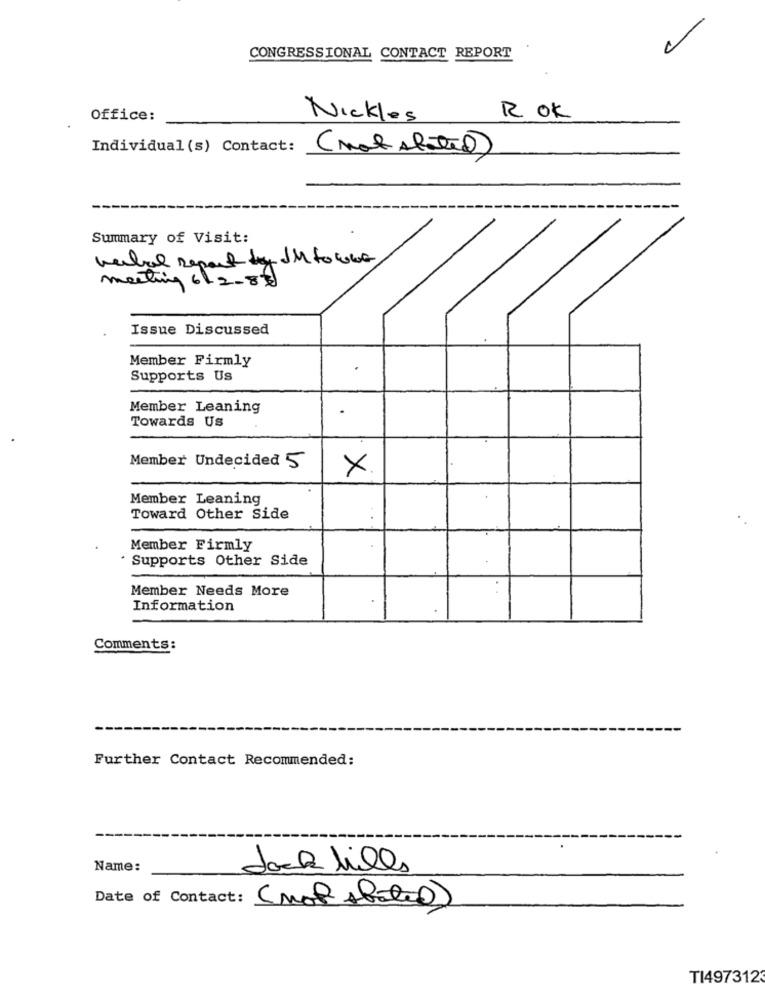
CONGRESSIONAL CONTACT REPORT
Office:
Nickles
ROK
Individual (s) Contact:
( not slated)
Summary of Visit:
verbal Report IM to wear
meeting 6/2-86
Issue Discussed
Member Firmly
Supports Us
Member Leaning
Towards Us
Member Undecided 5
X
Member Leaning
Toward Other Side
Member Firmly
* Supports Other Side
Member Needs More
Information
Comments:
Further Contact Recommended:
Name:
Jack hills
Date of Contact:
TI497312